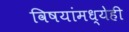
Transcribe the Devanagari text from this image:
विषयांमध्येही